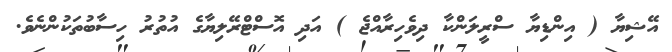
އޭޝިޔާ ( އިންޑިޔާ ސްރީލަންކާ ދިވެހިރާއްޖެ ) އަދި އޮސްޓްރޭލިޔާގެ އުތުރު ހިސާބުތަކުންނެވެ.